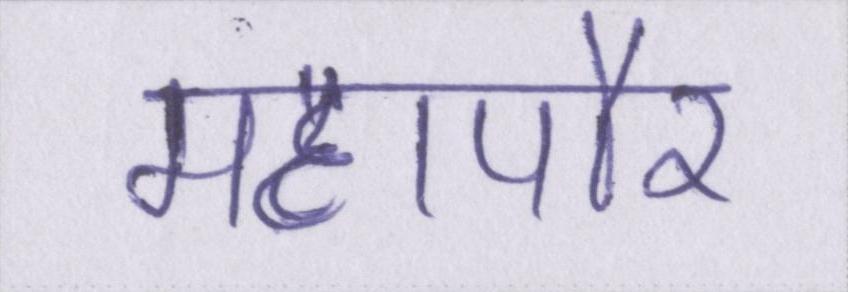
महापौर